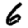
Digit: 6